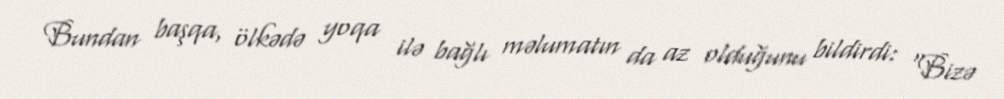
Bundan başqa, ölkədə yoqa ilə bağlı məlumatın da az olduğunu bildirdi: “Bizə